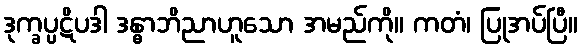
ဒုက္ခပ္ပဋိပဒါ ဒန္ဓာဘိညာဟူသော အမည်ကို။ ကတံ၊ ပြုအပ်ပြီ။